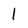
Character: 1